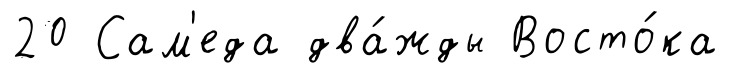
20 Сам'еда два́жды Восто́ка